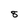
Character: 8